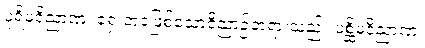
ပုရိမဝိညာဏံ၊ ရှေးဘဝဖြစ်သောဝိညာဉ်တရားသည်။ ပစ္ဆိမဝိညာဏံ၊